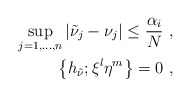
\begin{align*}\sup_{j=1,\ldots,n}|\tilde\nu_j-\nu_j|\leq \frac{\alpha_i}{N}\ , \\\left\{h_{\tilde \nu};\xi^l\eta^m\right\}=0\ ,\end{align*}